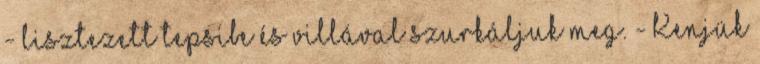
- lisztezett tepsibe és villával szurkáljuk meg. - Kenjük